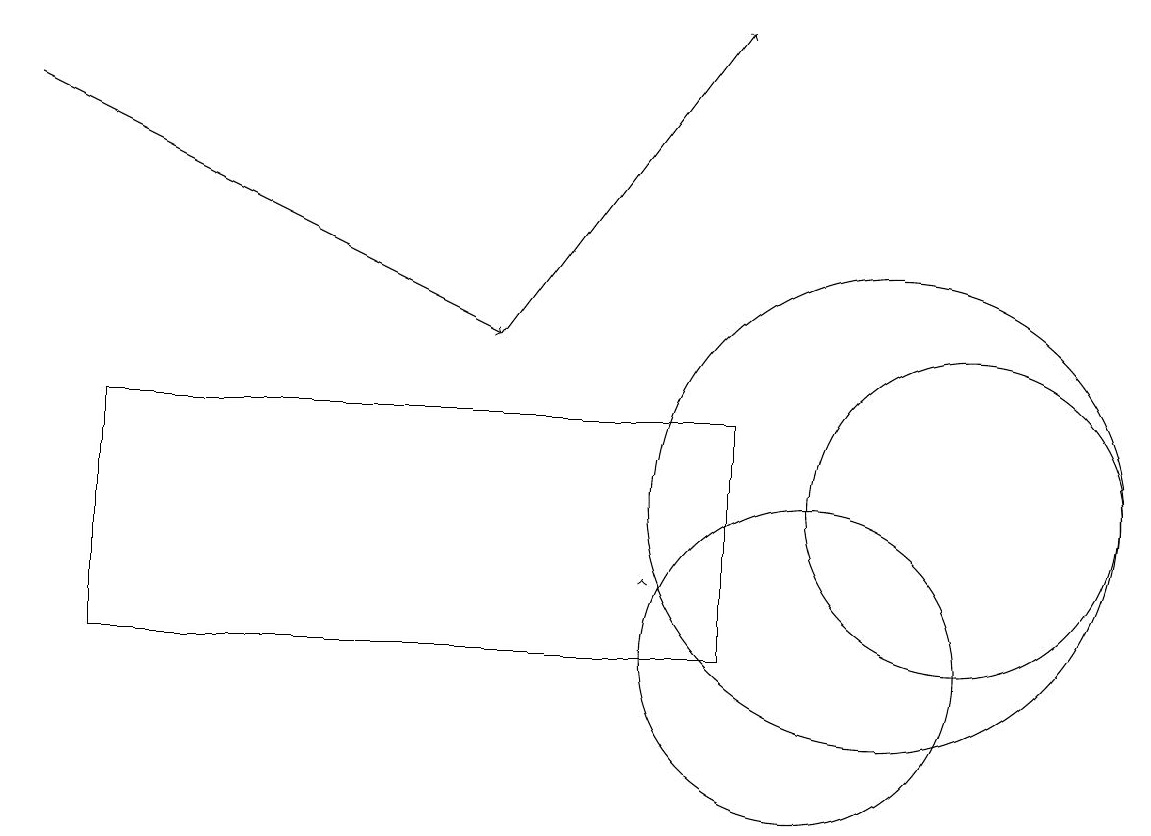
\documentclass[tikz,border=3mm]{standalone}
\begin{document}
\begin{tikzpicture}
\draw (11,12) circle (3);
\draw[->] (0,17) -- (6,14);
\draw[->] (8,11) -- (8,11);
\draw (10,10) circle (2);
\draw (1,10) rectangle (9,13);
\draw (12,12) circle (2);
\draw[->] (6,14) -- (9,18);
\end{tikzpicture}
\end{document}